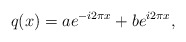
\begin{align*}q(x)=ae^{-i2\pi x}+be^{i2\pi x},\end{align*}